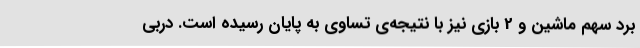
برد سهم ماشین و 2 بازی نیز با نتیجه‌ی تساوی به پایان رسیده است. دربی